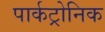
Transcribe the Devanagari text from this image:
पार्कट्रोनिक